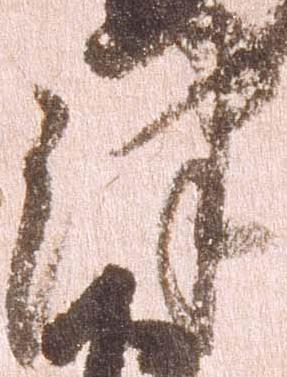
津